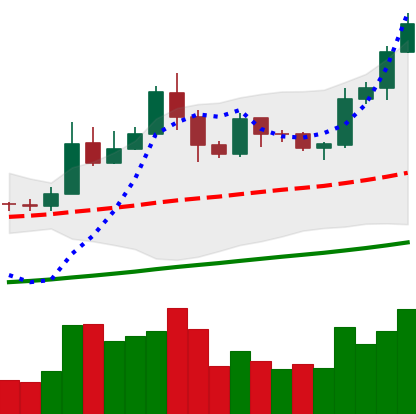
Ticker: LTC-USD
Chart end date: 2019-05-27
Forward return: -4.586%
Label: down_3_5